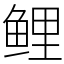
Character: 鲤